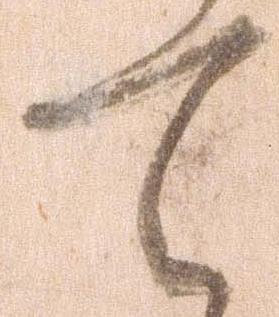
て